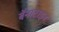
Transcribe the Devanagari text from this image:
बॅनाटाइन